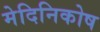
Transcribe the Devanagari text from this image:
मेदिनिकोष